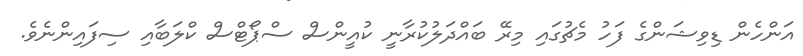
އަންހެން ޑިވިޝަންގެ ފަހު މެޗުގައި މިރޭ ބައްދަލުކުރާނީ ކުއީންސް ސްޕޯޓްސް ކްލަބާއި ސިފައިންނެވެ.